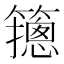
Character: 䉥